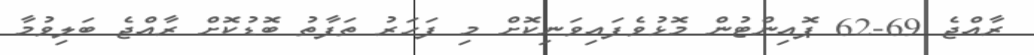
ރާއްޖެ 69-62 ޕޮއިންޓުން މޮޅުވެފައިވަނިކޮށް މި ފަހަރު ތަފާތު ބޮޑުކޮށް ރާއްޖެ ބަލިވުމާ